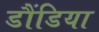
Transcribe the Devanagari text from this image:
डौंडिया